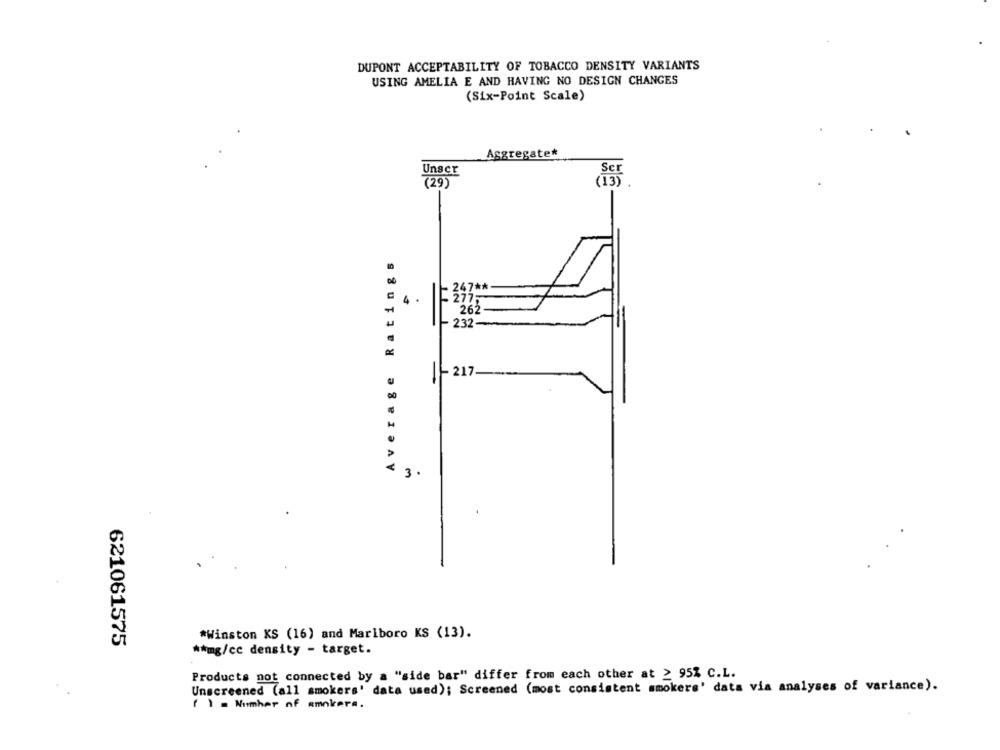
DUPONT ACCEPTABILITY OF TOBACCO DENSITY VARIANTS
USING AMELIA E AND HAVING NO DESIGN CHANGES
(Six-Point Scale)
Aggregate*
Unser
(29)
Average Ratings
247 **
4 .
277:
262
232-
=
- 217
-
3.
*Winston KS (16) and Marlboro KS (13).
621061575
** mg/cc density - target.
Products not connected by a "side bar" differ from each other at > 95% C.L.
Unscreened (all smokers' data used); Screened (most consistent smokers' data via analyses of variance).
[ ] = Number of smokera.